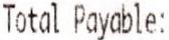
TOTAL PAYABLE: